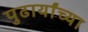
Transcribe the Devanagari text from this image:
पुढार्यांच्या